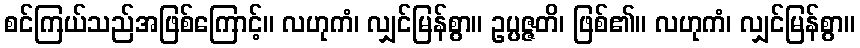
စင်ကြယ်သည်အဖြစ်ကြောင့်။ လဟုကံ၊ လျှင်မြန်စွာ။ ဥပ္ပဇ္ဇတိ၊ ဖြစ်၏။ လဟုကံ၊ လျှင်မြန်စွာ။